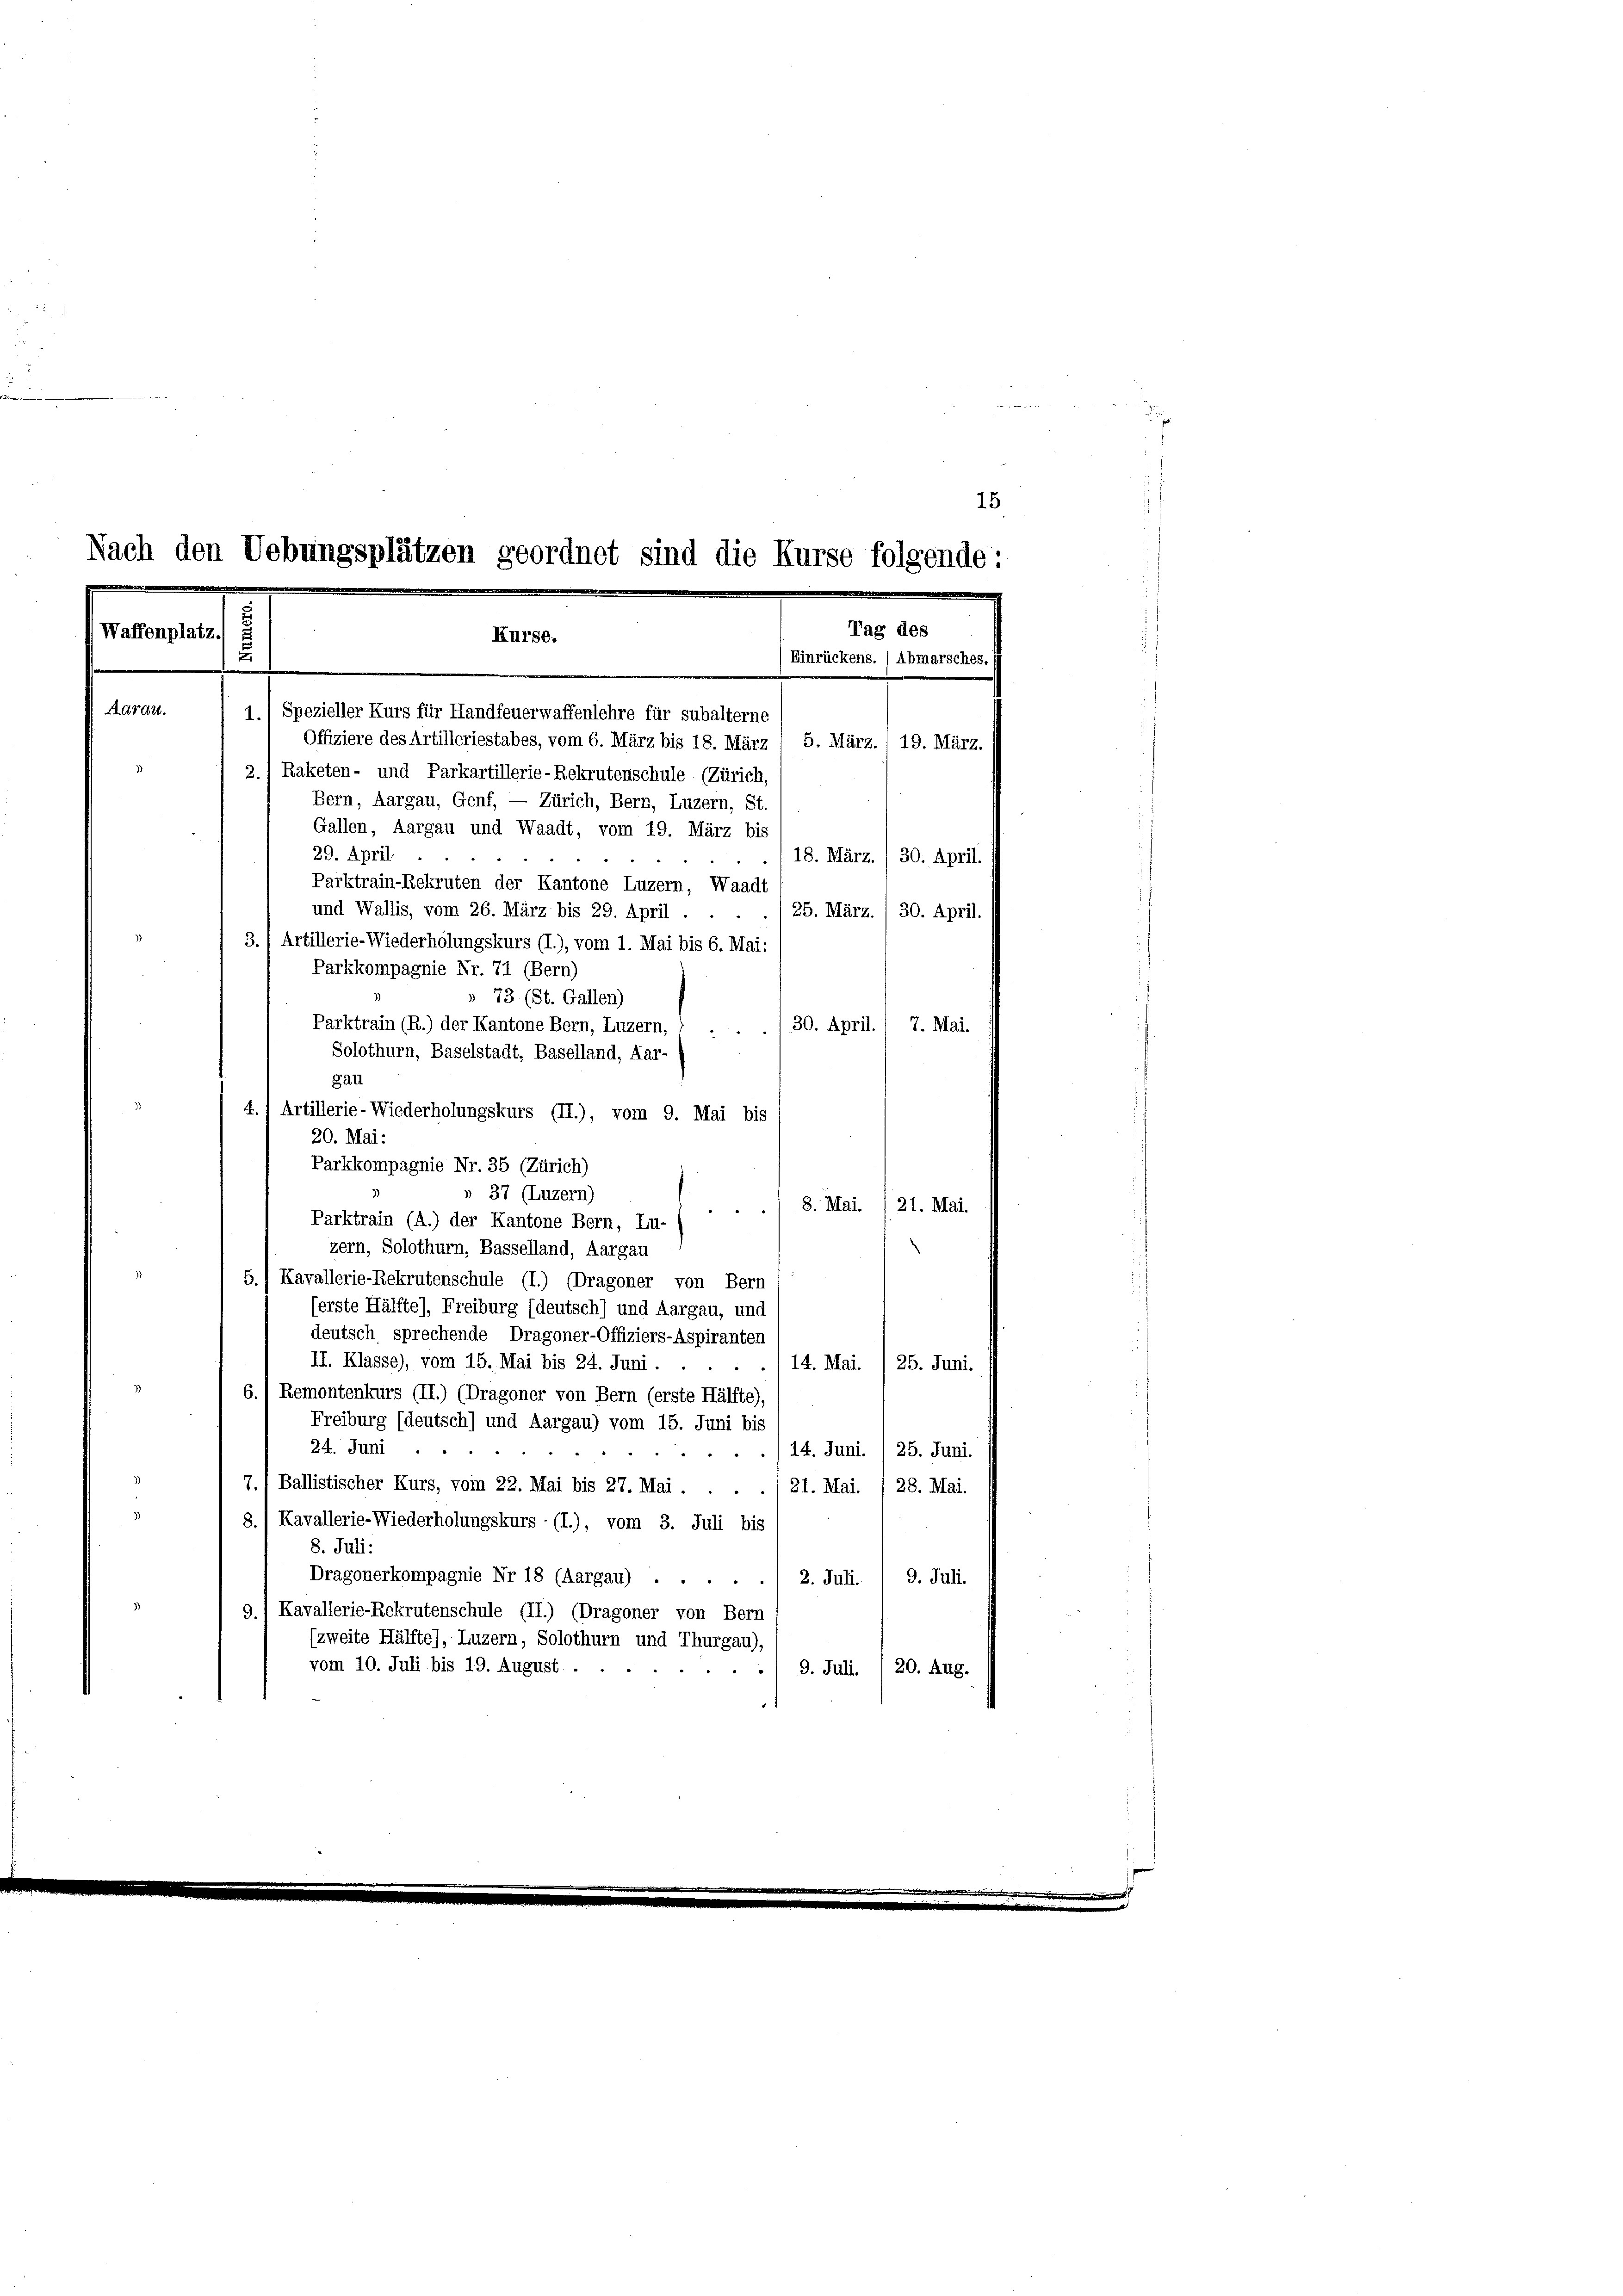
Nach den Uebungsplätzen geordnet sind die Kurse folgende:
Tag des
Waffenplatz g
Kurse.
(Einrückens. ) Abmarsches. I

Aarau.
1.) Spezieller Kurs für Handfeuerwaffenlehre für subalterne
Offiziere des Artilleriestabes, vom 6. März bis 18. März / 5. März. 19. März.
2.) Raketen- und Parkartillerie-Rekrutenschule (Zürich
Bern, Aargau, Genf, — Zürich, Bern, Luzern, St.
Gallen, Aargau und Waadt, vom 19. März bis
29. April.
18. März. / 30. April.
Parktrain-Rekruten der Kantone Luzern, Waadt
und Wallis, vom 26. März bis 29. April . .
25. März. / 30. April.
3.) Artillerie-Wiederholungskurs (I.), vom 1. Mai bis 6. Mai:
Parkkompagnie Nr. 71 (Bern)
» 73 (St. Gallen)
Parktrain (R.) der Kantone Bern, Luzern,
/30. April. / 7. Mai.
Solothurn, Baselstadt, Baselland, Aar-
gau
4.
Artillerie-Wiederholungskurs (II.), vom 9. Mai bis
20. Mai:
Parkkompagnie Nr. 35 (Zürich)
» 37 (Luzern)
8. Mai. /21. Mai.
Parktrain (A.) der Kantone Bern, Lu- ) -
zern, Solothurn, Basselland, Aargau
5.) Kavallerie-Rekrutenschule (I.) (Dragoner von Bern
ferste Hälfte), Freiburg (deutsch) und Aargau, und
deutsch sprechende Dragoner-Offiziers-Aspiranten
II. Klasse), vom 15. Mai bis 24. Juni . .
14. Mai. /25. Juni.
6.) Remontenkurs (II.) (Dragoner von Bern (erste Hälfte),
Freiburg (deutsch) und Aargau) vom 15. Juni bis
24. Juni
14. Juni. /25. Juni.
7.) Ballistischer Kurs, vom 22. Mai bis 27. Mai . . . ./ 21. Mai. / 28. Mai.
8./ Kavallerie-Wiederholungskurs (I.), vom 3. Juli bis
8. Juli:
Dragonerkompagnie Nr 18 (Aargau) ....
9. Juli.
2. Juli.
9.1 Kavallerie-Rekrutenschule (II.) (Dragoner von Bern
(zweite Hälfte), Luzern, Solothurn und Thurgau),
vom 10. Juli bis 19. August .
9. Juli. / 20. Aug.

15